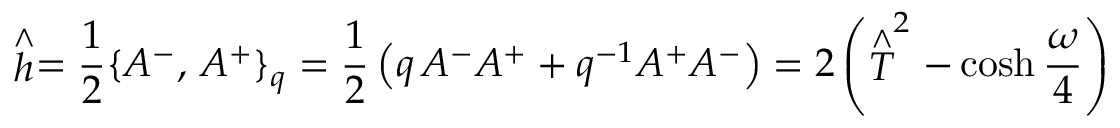
\stackrel { \wedge } { h } = \frac { 1 } { 2 } \{ A ^ { - } , \, A ^ { + } \} _ { q } = \frac { 1 } { 2 } \left( q \, A ^ { - } A ^ { + } + q ^ { - 1 } A ^ { + } A ^ { - } \right) = 2 \left( \stackrel { \wedge } { T } ^ { 2 } - \cosh \frac { \omega } { 4 } \right)